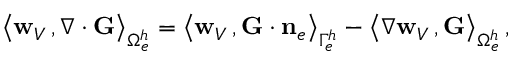
\begin{array} { r } { \big \langle { { \bf w } _ { V } } \, , \boldsymbol { \nabla } \cdot { \bf G } \big \rangle _ { \Omega _ { e } ^ { h } } = \big \langle { { \bf w } _ { V } } \, , { \bf G } \cdot { { \bf n } } _ { e } \big \rangle _ { \Gamma _ { e } ^ { h } } - \big \langle \nabla { { \bf w } _ { V } } \, , { \bf G } \big \rangle _ { \Omega _ { e } ^ { h } } \, , } \end{array}